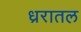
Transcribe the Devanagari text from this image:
ध्ररातल